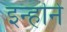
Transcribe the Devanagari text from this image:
इन्हॊने